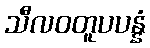
သီလဝတူပပန္နံ